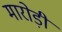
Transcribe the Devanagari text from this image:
मारोड़ी